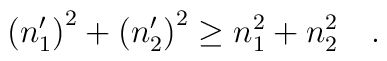
\left( n_1^{\prime }\right) ^2+\left( n_2^{\prime }\right)^2\ge n_1^2+n_2^2\quad .